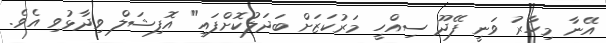
އޭނާ މިހާރު ވަނީ ފޭދޫ ސިއްހީ މަރުކަޒަށް ބަދަލުކޮށްފައި" އޮފިޝަލް ވިދާޅުވި އެވެ.